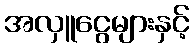
အလှူငွေများနှင့်